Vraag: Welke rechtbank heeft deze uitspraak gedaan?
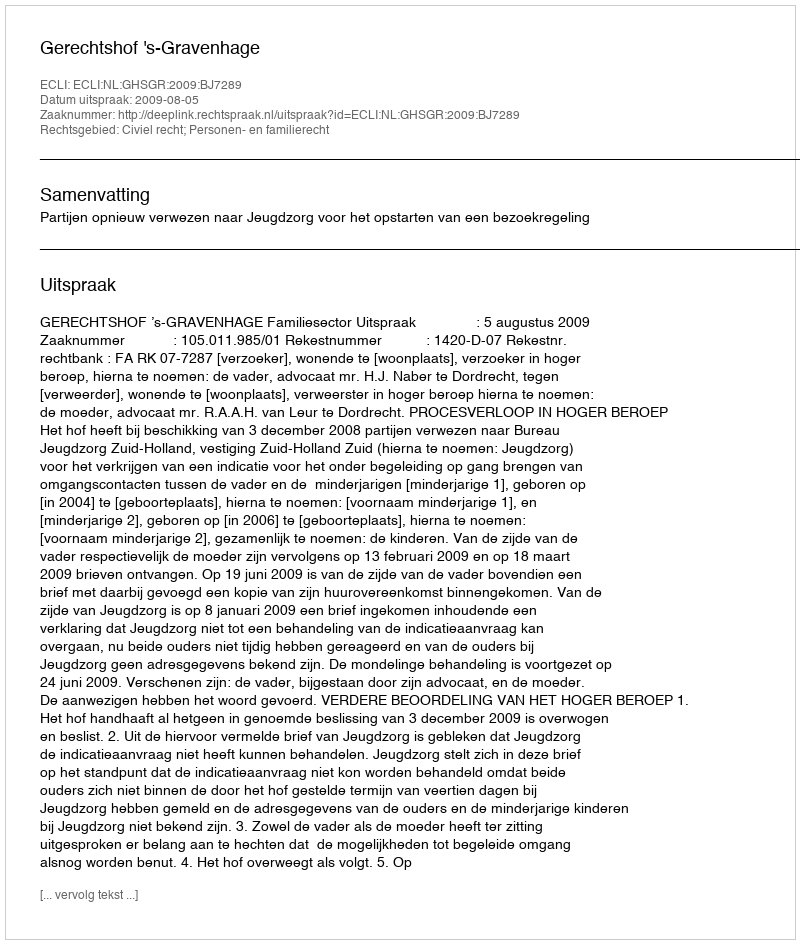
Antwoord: Gerechtshof 's-Gravenhage